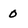
Character: 0